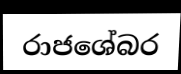
රාජශේබර